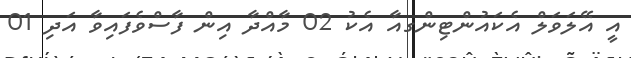
އީ އޭލަވަލް އެކައުންޓިންގއާ އެކު 02 މާއްދާ އިން ފާސްވެފައިވާ އަދި 01